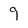
Character: 9